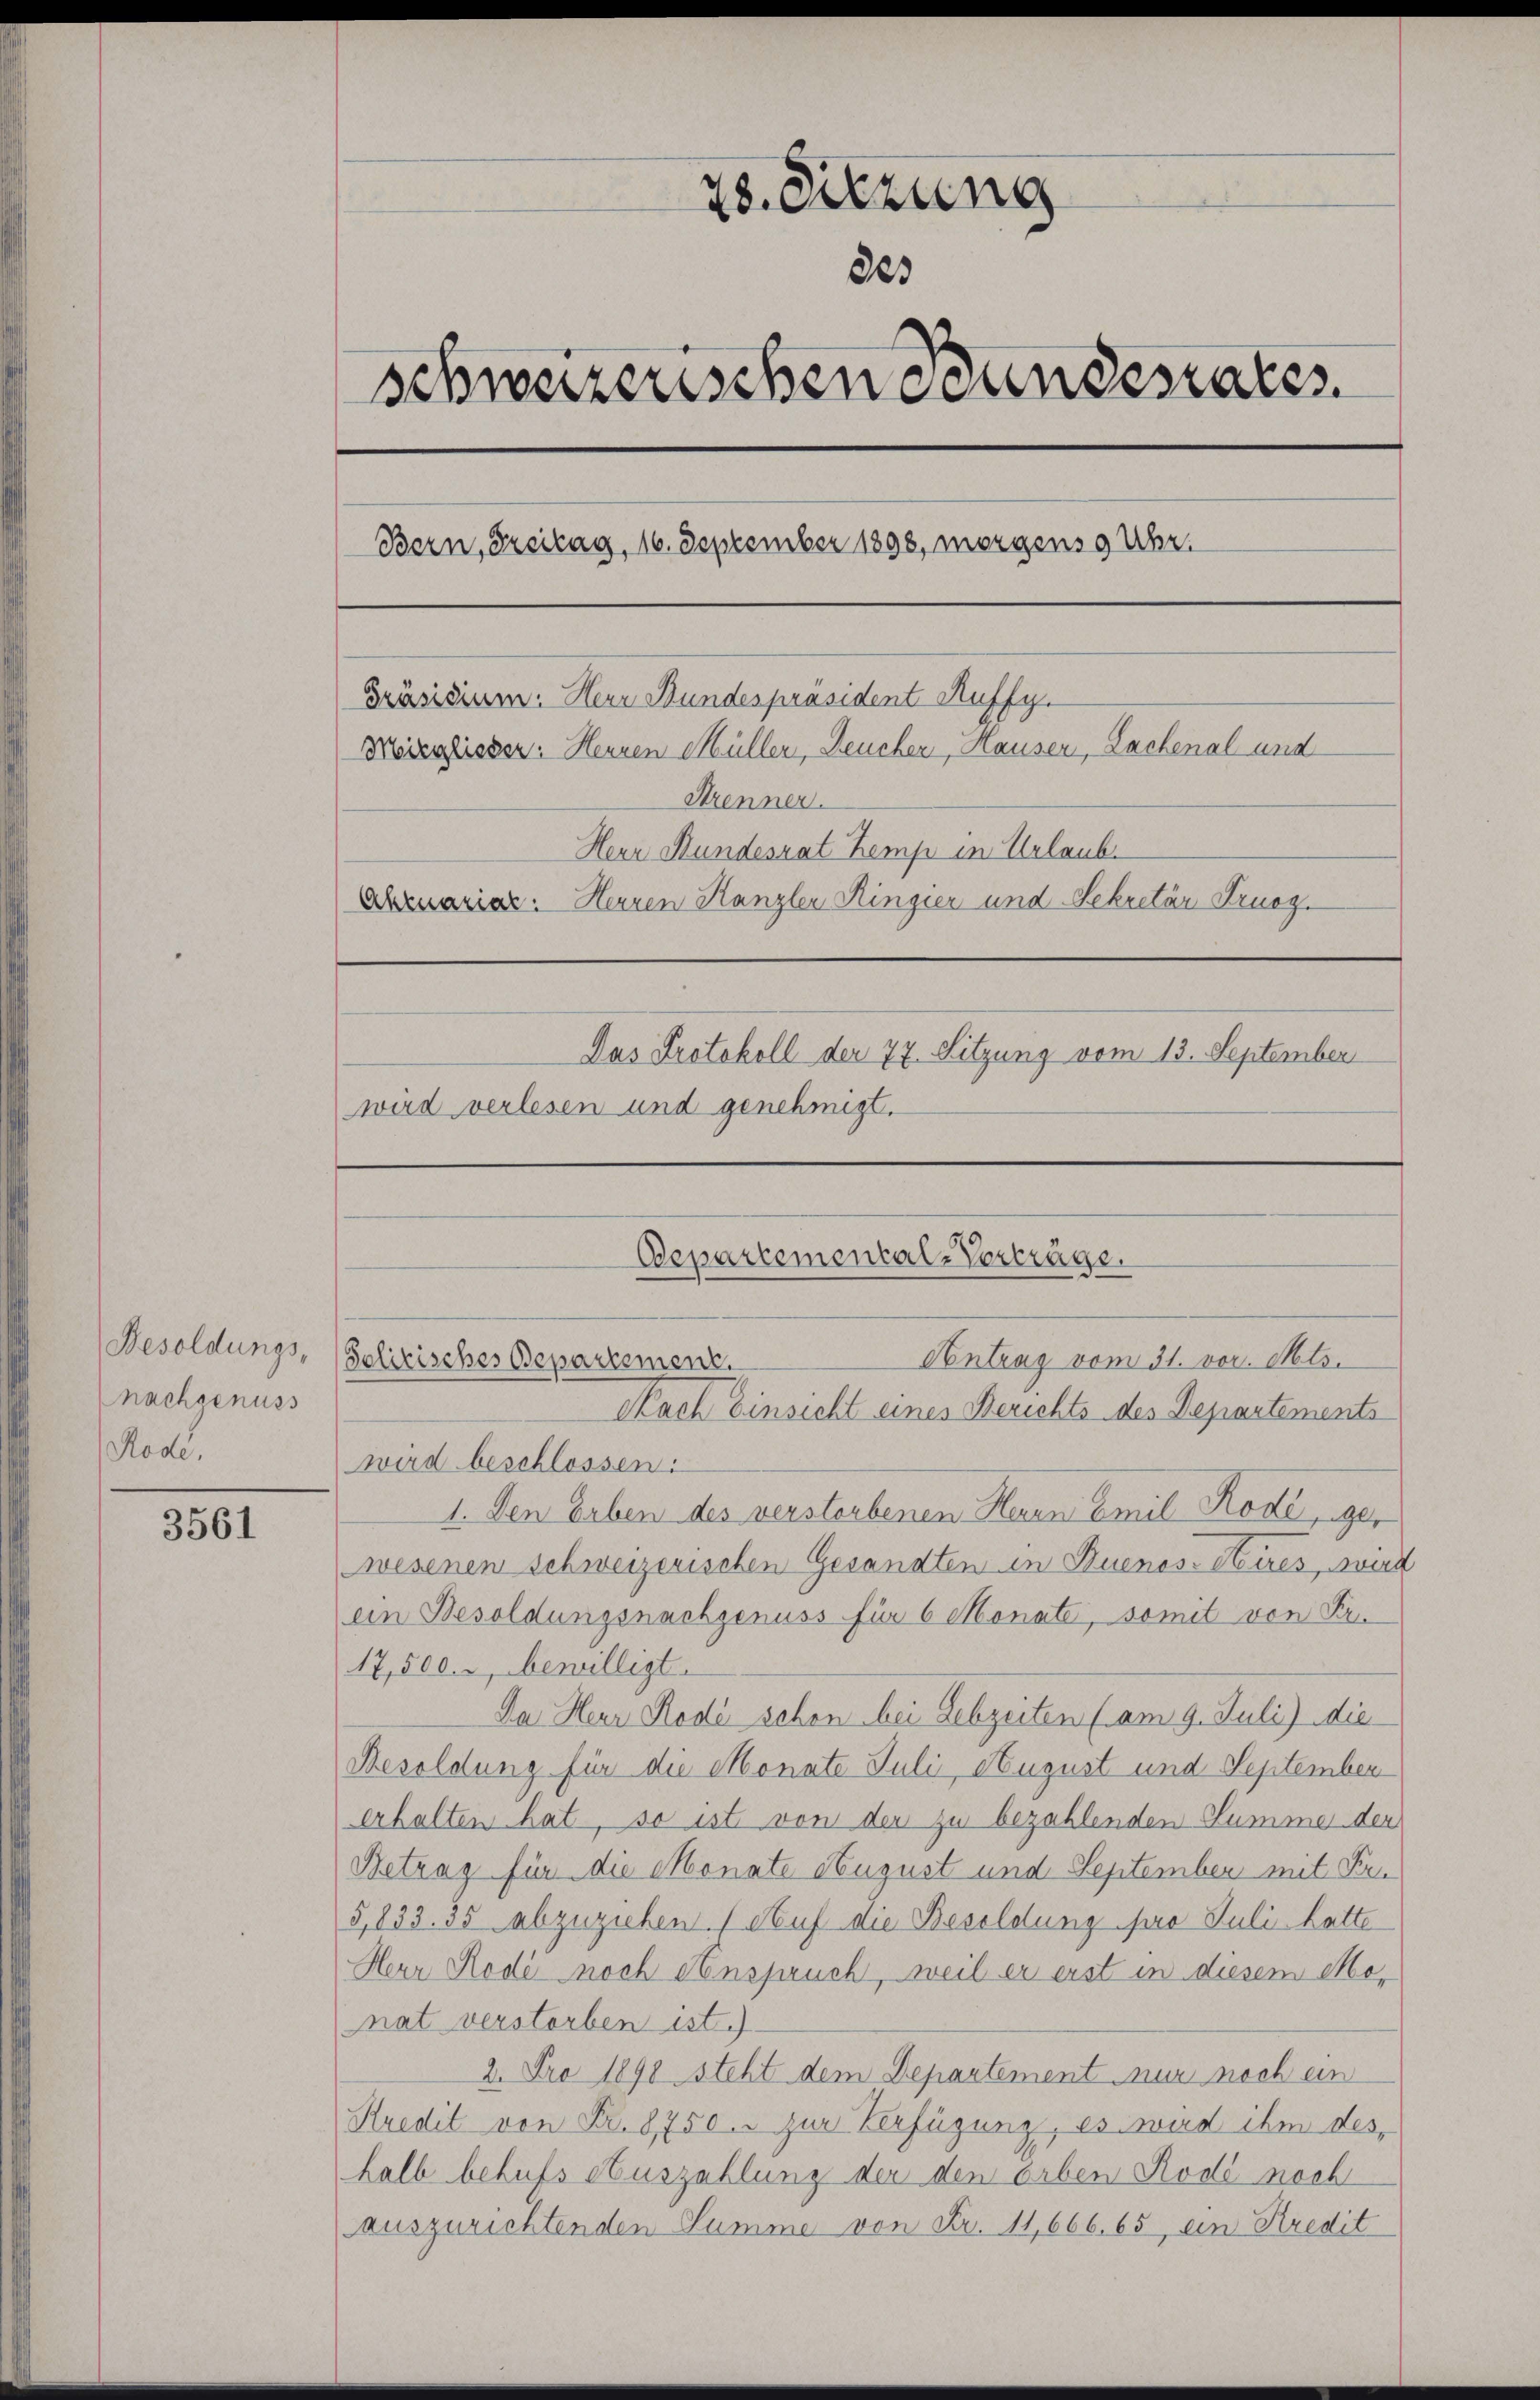
Besoldungs-
nachgenuss
Rode.

3561

28. Sitzung
883
Schweizerischen Bundesrates.
Bern, Freitag, 16. September 1898, morgens 9 Uhr.
Präsidium. Herr Bundespräsident Auffy.
Moieslisser: Hennen Müller, Reucher, Hauser, Lachenal und
Strenner.
Herr Hundesrat Kemp in Urlaub
Abruariar. Herren Kanzler Ringier und Sekretär Fruoz.
Das Protokoll der 77. Sitzung vom 13. September
wird verlesen und genehmigt.

Departemental-Verträge.
Antrag vom 31. vor. Mts.
Solitisches Departement.
Nach Einsicht eines Berichts des Departements

wird beschlossen:
1. Den Erben des verstorbenen Herrn Emil Rode, ger
wesenen schweizerischen Gesandten in Buenos Aires, wurd
ein Besoldungsnachgenuss für 6 Monate, somit von Fr.
17,500. bewilligt.
Da Herr Rodi schon bei Lebzeiten (am 9. Juli) die
Besoldung für die Monate Juli, August und September
erhalten hat, so ist von der zu bezahlenden Summer der
Betrag für die Monate August und September mit Be¬
5,833. 35 abzuziehen. (Auf die Besoldung pro Juli hatte
Herr Rode noch Anspruch, weil er erst in diesem Menat verstorben ist.
2. Pro 1890 steht dem Departement nur noch ein
Kredit von Fr. 8750. zur Verfügung, es wird ihm deshalb behufs Auszahlung der den orben Rode noch
auszurichtenden Summe von Fr. 11,666. 65, ein Kredit